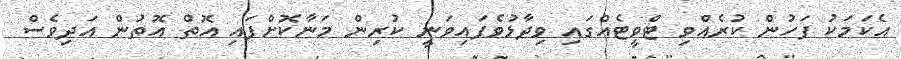
އެކަމަކު ފަހުން ކުރެއްވި ޓްވީޓެއްގައި ވިދާޅުވެފައިވަނީ ކުރިން މަނާކޮށްފައި އޮތް އޮތުން އަދިވެސް